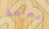
مصاصة